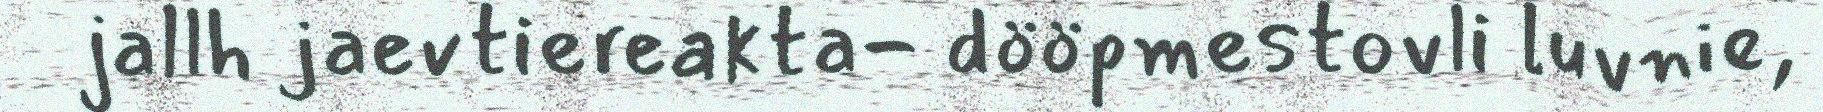
jallh jaevtiereakta- dööpmestovli luvnie,